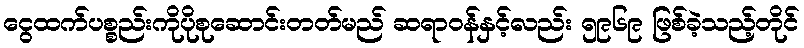
ငွေထက်ပစ္စည်းကိုပိုစုဆောင်းတတ်မည် ဆရာဝန်နှင့်လည်း ၅၉၆၉ ဖြစ်ခဲ့သည့်တိုင်